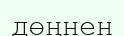
дөңнен